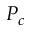
P _ { c }